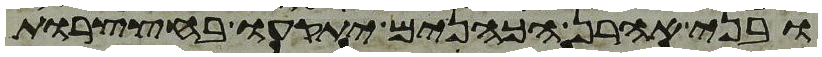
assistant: ובני אהרן הכהנים יתקעו בחצצרות